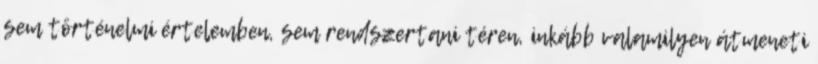
sem történelmi értelemben, sem rendszertani téren, inkább valamilyen átmeneti